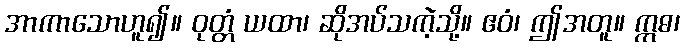
အာကာသောဟူ၍။ ဝုတ္တံ ယထာ၊ ဆိုအပ်သကဲ့သို့။ ဧဝံ၊ ဤအတူ။ ဣဓ၊